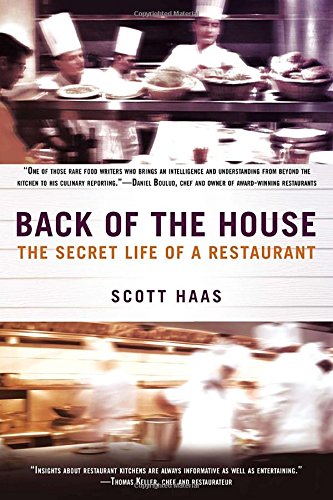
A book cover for Back of the House: The Secret Life of a Restaurant; Scott Haas; Cookbooks, Food & Wine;